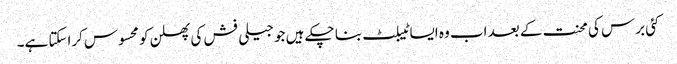
کئی برس کی محنت کے بعد اب وہ ایسا ٹیبلٹ بنا چکے ہیں جو جیلی فش کی پھسلن کو محسوس کراسکتا ہے۔